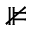
\nVDash